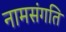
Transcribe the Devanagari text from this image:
नामसंगति